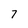
Character: 7